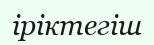
іріктегіш